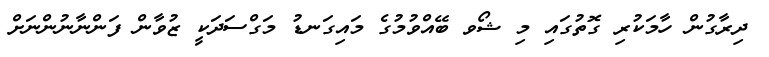
ދިރާގުން ހާމަކުރި ގޮތުގައި މި ޝޯވ ބޭއްވުމުގެ މައިގަނޑު މަގްސަދަކީ ޒުވާން ފަންނާނުންނަށް